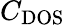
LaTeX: C_{\mathrm{DOS}}